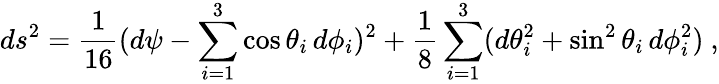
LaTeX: ds^{2}=\frac{1}{16}(d\psi-\sum_{i=1}^{3}\cos{\theta_{i}}\, d\phi_{i})^{2}+\frac{1}{8}\sum_{i=1}^{3}(d\theta_{i}^{2}+\sin^{2}{\theta_{i}}\, d\phi_{i}^{2})\ ,